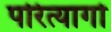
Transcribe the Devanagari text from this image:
परित्यागो